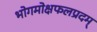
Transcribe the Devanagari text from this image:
भोगमोक्षफलप्रदम्